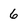
Character: 6